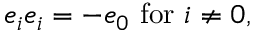
e _ { i } e _ { i } = - e _ { 0 } \, \, { \mathrm { f o r } } \, \, i \neq 0 ,